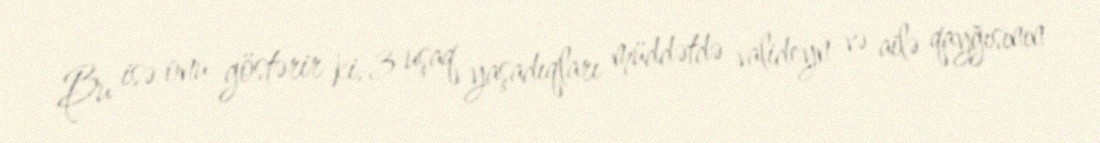
Bu isə onu göstərir ki, 3 uşaq yaşadıqları müddətdə valideyn və ailə qayğısının